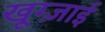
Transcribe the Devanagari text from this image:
खूग्ज़ाई